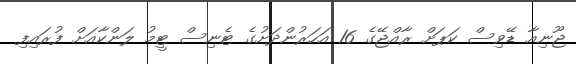
ޖޫނިއާ ޑޭވިސް ކަޕަށް ރާއްޖޭގެ 16 އަހަރުންދަށުގެ ޓެނިސް ޓީމު ލަންކާއަށް ފުރައިފި